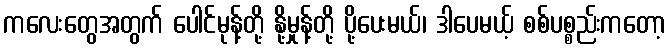
ကလေးတွေအတွက် ပေါင်မုန့်တို့ နို့မှုန့်တို့ ပို့ပေးမယ်၊ ဒါပေမယ့် စစ်ပစ္စည်းကတော့